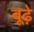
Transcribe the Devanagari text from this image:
बूढ़े़